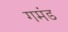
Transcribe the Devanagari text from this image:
गमंड